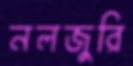
নলজুরি